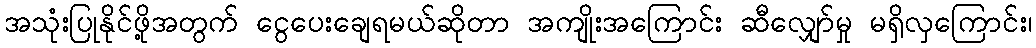
အသုံးပြုနိုင်ဖို့အတွက် ငွေပေးချေရမယ်ဆိုတာ အကျိုးအကြောင်း ဆီလျှော်မှု မရှိလှကြောင်း၊